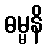
ဓမ္မနိ